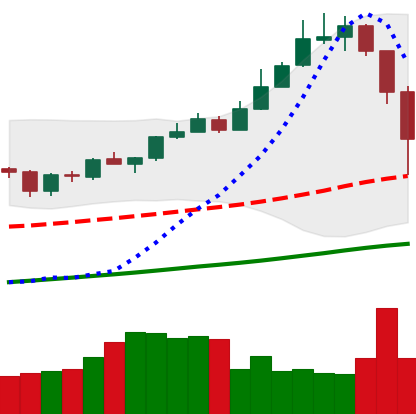
Ticker: XMR-USD
Chart end date: 2019-06-27
Forward return: -8.632%
Label: down_7plus